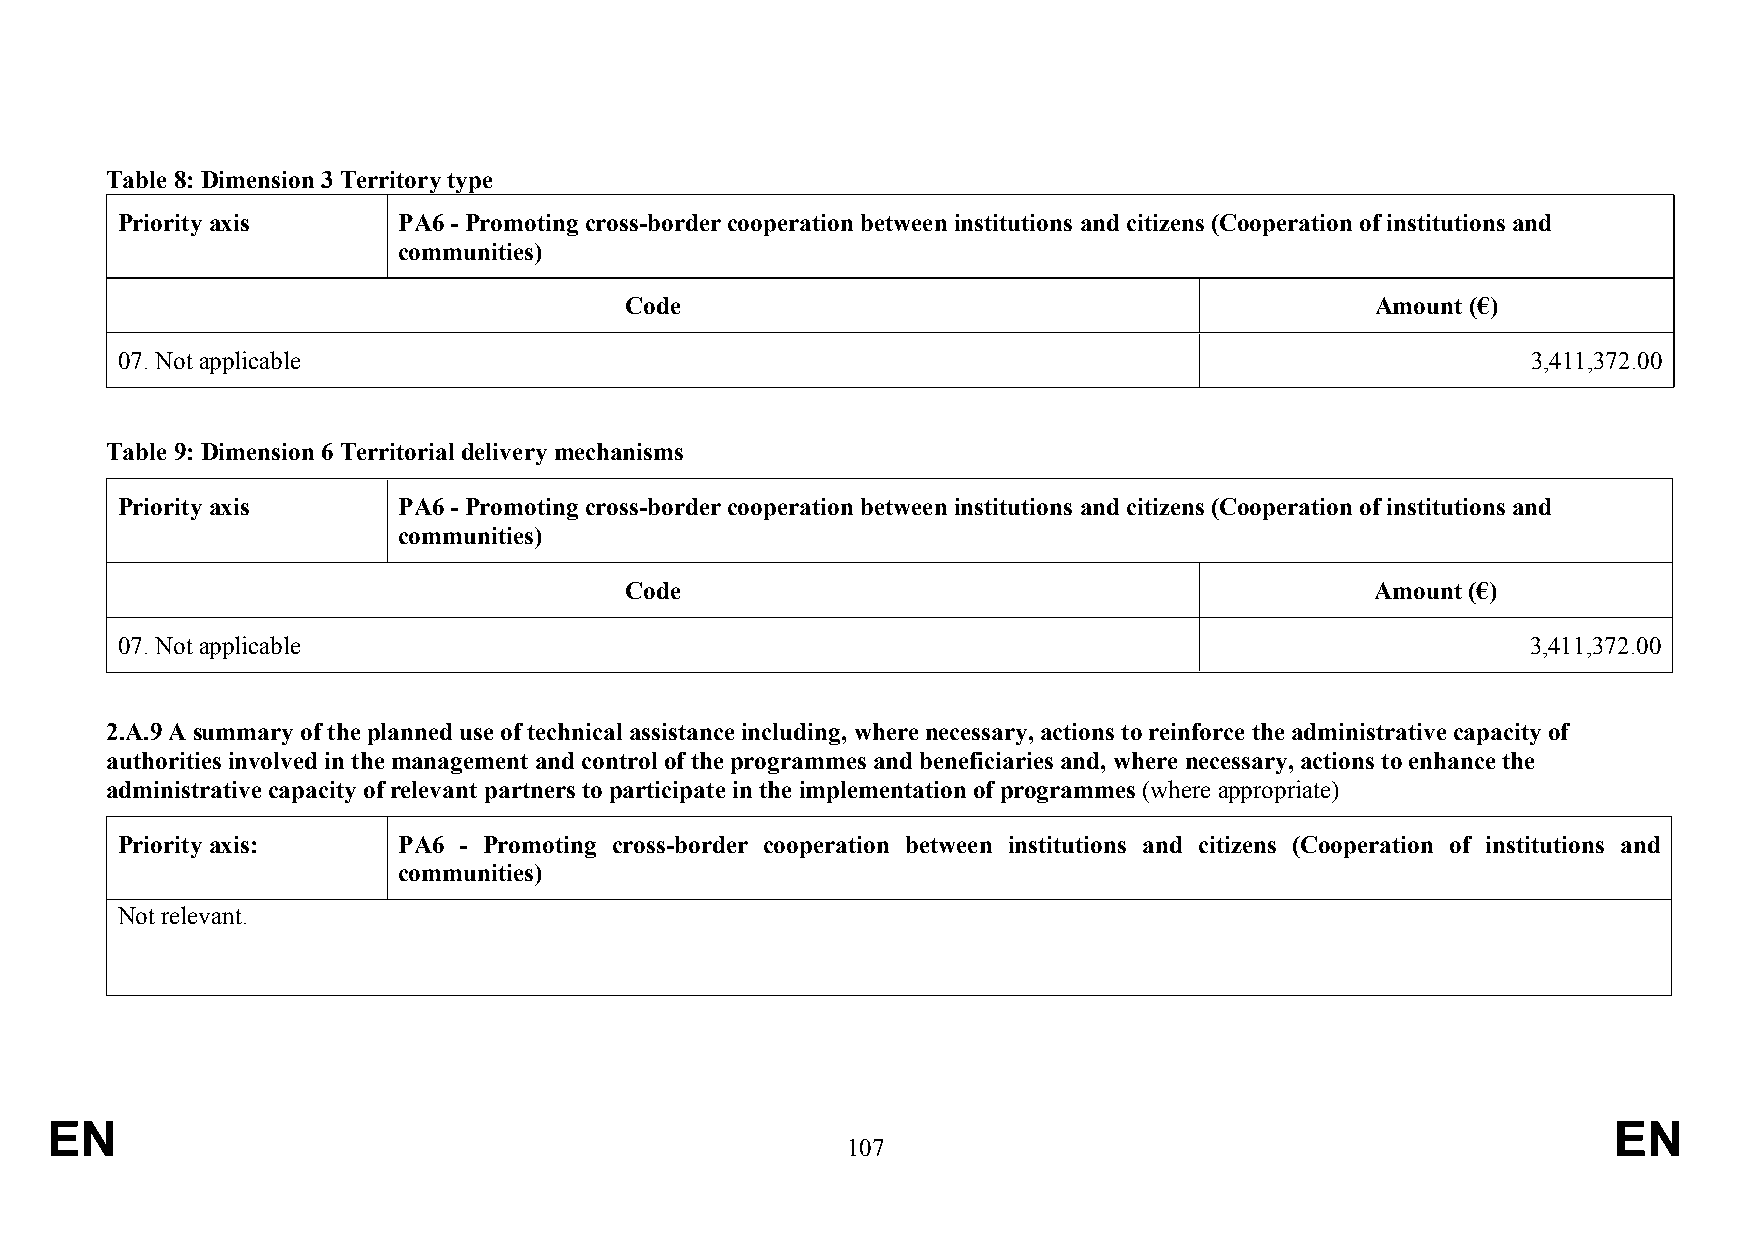
Table 8: Dimension 3 Territory type
 Priority axis     PA6 - Promoting cross-border cooperation between institutions and citizens (Cooperation of institutions and
 communities)
 Code                                              Amount (€)
 07. Not applicable                                                                           3,411,372.00
 Table 9: Dimension 6 Territorial delivery mechanisms
 Priority axis     PA6 - Promoting cross-border cooperation between institutions and citizens (Cooperation of institutions and
 communities)
 Code                                              Amount (€)
 07. Not applicable                                                                           3,411,372.00
 2.A.9 A summary of the planned use of technical assistance including, where necessary, actions to reinforce the administrative capacity of
 authorities involved in the management and control of the programmes and beneficiaries and, where necessary, actions to enhance the
 administrative capacity of relevant partners to participate in the implementation of programmes (where appropriate)
 Priority axis:    PA6 - Promoting cross-border cooperation between institutions and citizens (Cooperation of institutions and
 communities)
 Not relevant.
 EN                                                                                                      EN
 107